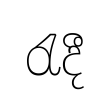
රැදී